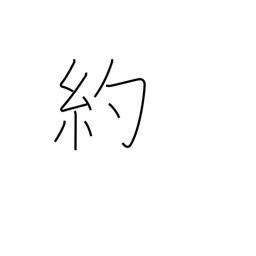
Meaning: promise